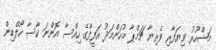
މަޝްހޫރު ވިޔަފާރި ވެރިޔާ ޗަމްޕާ މުހަންމަދު އަފީފްގެ ހިއްސާ އޮންނަ ކާސާ ހޯލްޑިން